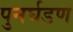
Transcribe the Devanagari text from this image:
पुनर्घडण